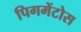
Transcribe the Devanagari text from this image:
पिगमेंटोस